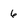
Character: 6